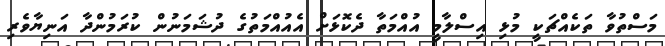
މަސްތުވާ ތަކެއްޗަކީ މުޅި އިސްލާމީ އުއްމަތާ ދެކޮޅަށް އެއުއްމަތުގެ ދުޝަމަނުން ކުރަމުންދާ އަނިޔާވެރި